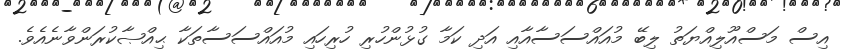
އިސް މަސްއޫލިއްޔަތު ލިބޭ މުއައްސަސާއާއި އަދި ކަމާ ގުޅުންހުރި ހުރިހައި މުއައްސަސާތަކާ ޙިއްޞާކުރަންވާނެއެވެ.